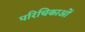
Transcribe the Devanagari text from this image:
परिचिकाओं